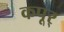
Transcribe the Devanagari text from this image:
कपूर्